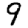
Digit: 9